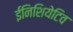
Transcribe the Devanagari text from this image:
ईनिशियेटिव